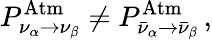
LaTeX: P_{\nu_{\alpha}\to\nu_{\beta}}^{\mathrm{Atm}}\not=P_{\bar{\nu}_{\alpha}\to\bar{\nu}_{\beta}}^{\mathrm{Atm}}\, ,